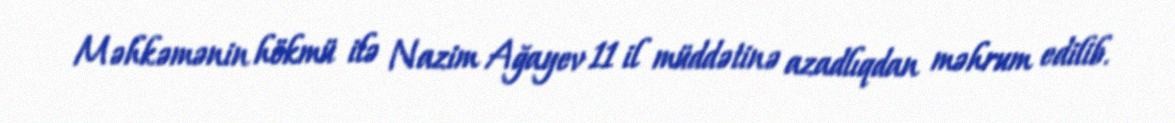
Məhkəmənin hökmü ilə Nazim Ağayev 11 il müddətinə azadlıqdan məhrum edilib.